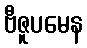
ဗီဇူပမေန